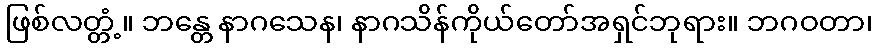
ဖြစ်လတ္တံ့။ ဘန္တေ နာဂသေန၊ နာဂသိန်ကိုယ်တော်အရှင်ဘုရား။ ဘဂဝတာ၊